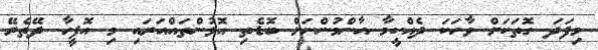
މިފަދަ ގޮތަކަށް ވާހަކަ ދެއްކީމާ އާންމުންނަށް ބޮޑެތި އޮޅުންތައްއަރައި މި އޮފީހާ ދޭތެރޭ